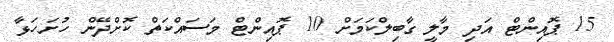
15 ޕޮއިންޓް އަދި މާލީ ގާބިލްކަމަށް 10 ޕޮއިންޓް މަސައްކަތް ކޮށްދޭން ހުށަހަޅާ